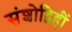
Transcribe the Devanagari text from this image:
संशोद्विहीं